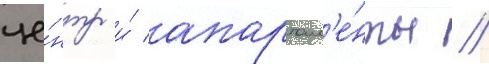
це́нтр и́ апартам'е́нты //